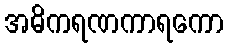
အဓိကရဏကာရကော